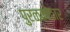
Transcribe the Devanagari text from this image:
पुरळकोठार